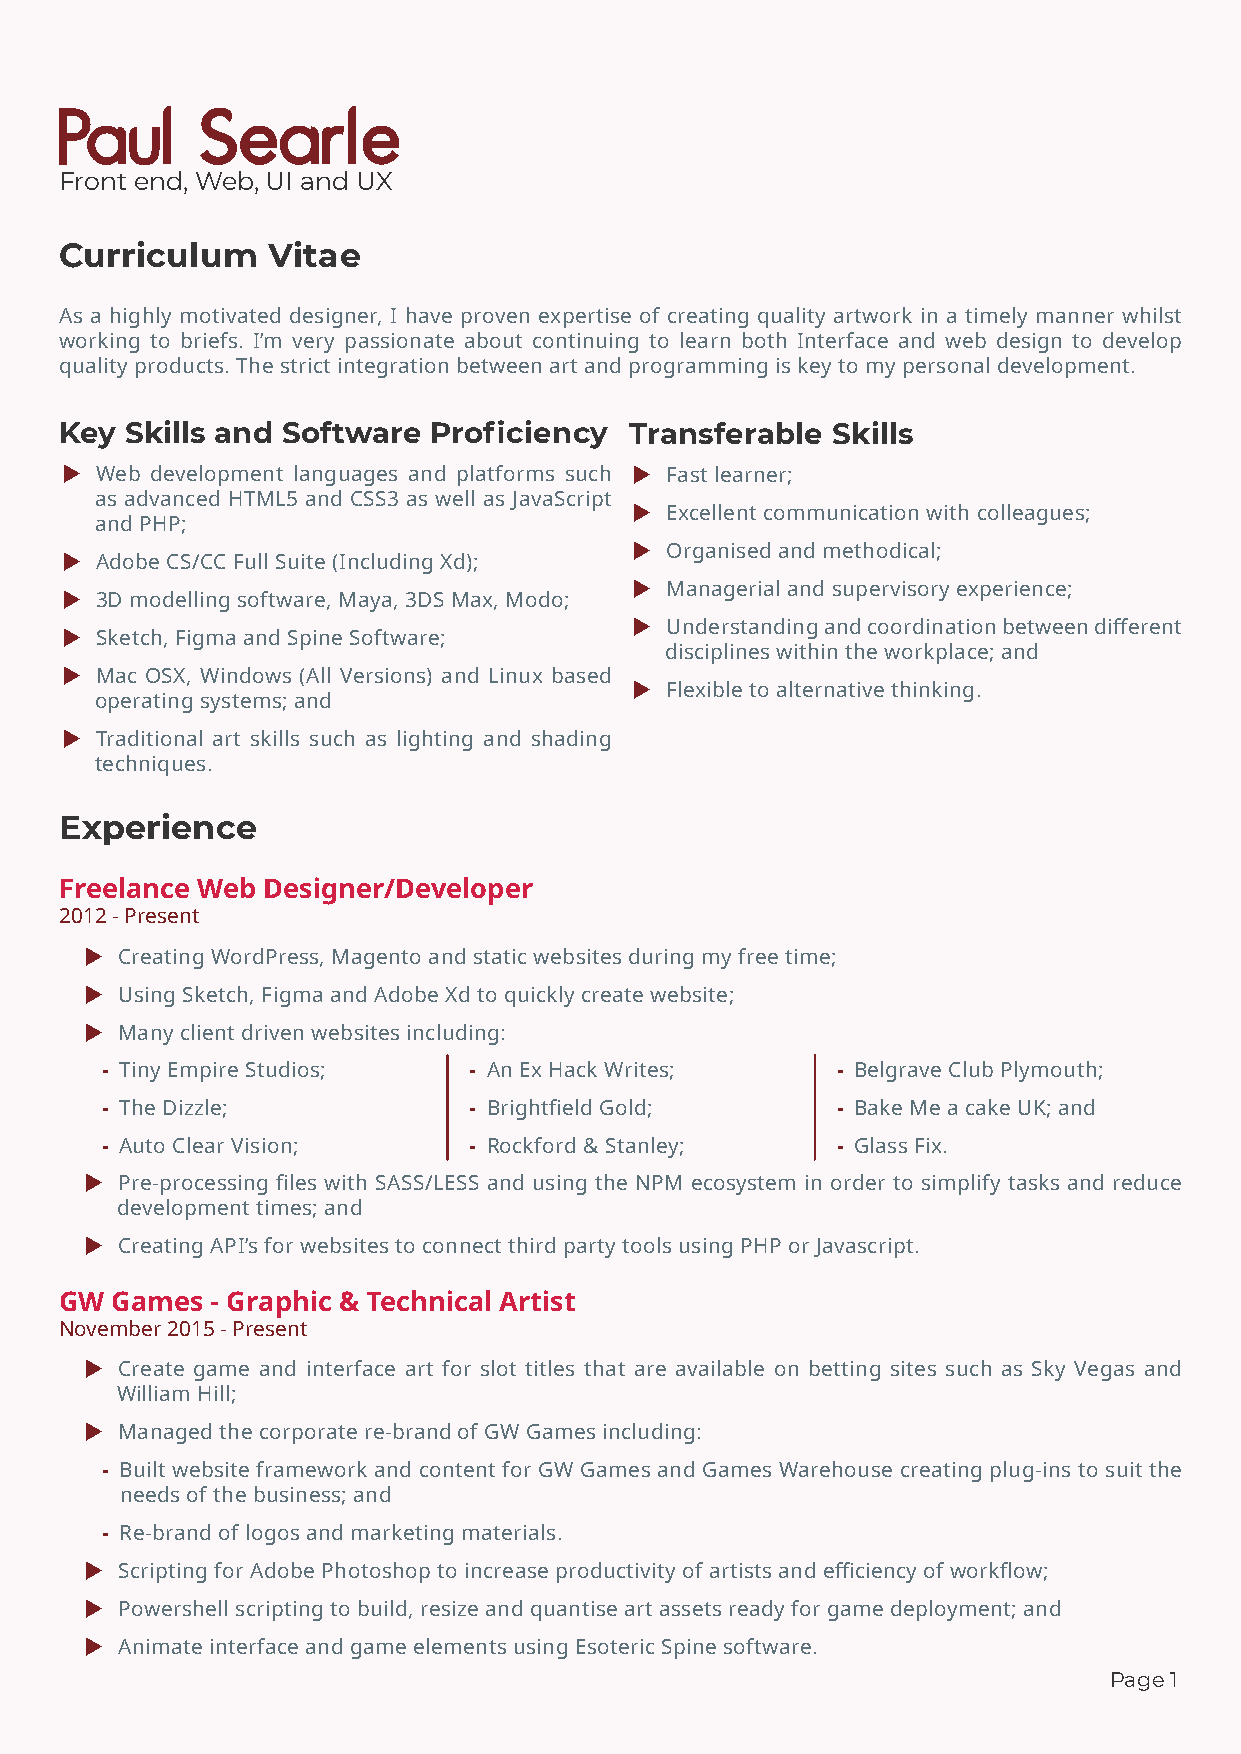
Front end, Web, UI and UX
 Curriculum    Vitae
 As a highly motivated designer, I have proven expertise of creating quality artwork in a timely manner whilst
 working to briefs. I’m very passionate about continuing to learn both Interface and web design to develop
 quality products. The strict integration between art and programming is key to my personal development.
 Key Skills and Software  Proficiency  Transferable Skills
 ▶ Web development languages and platforms such ▶ Fast learner;
 as advanced HTML5 and CSS3 as well as JavaScript
 ▶ Excellent communication with colleagues;
 and PHP;
 ▶ Organised and methodical;
 ▶ Adobe CS/CC Full Suite (Including Xd);
 ▶ Managerial and supervisory experience;
 ▶ 3D modelling software, Maya, 3DS Max, Modo;
 ▶ Understanding and coordination between different
 ▶ Sketch, Figma and Spine Software;
 disciplines within the workplace; and
 ▶ Mac OSX, Windows (All Versions) and Linux based
 ▶ Flexible to alternative thinking.
 operating systems; and
 ▶ Traditional art skills such as lighting and shading
 techniques.
 Experience
 Freelance Web Designer/Developer
 2012 - Present
 ▶  Creating WordPress, Magento and static websites during my free time;
 ▶  Using Sketch, Figma and Adobe Xd to quickly create website;
 ▶  Many client driven websites including:
 - Tiny Empire Studios;  - An Ex Hack Writes;    - Belgrave Club Plymouth;
 - The Dizzle;           - Brightfield Gold;     - Bake Me a cake UK; and
 - Auto Clear Vision;    - Rockford & Stanley;   - Glass Fix.
 ▶  Pre-processing files with SASS/LESS and using the NPM ecosystem in order to simplify tasks and reduce
 development times; and
 ▶  Creating API’s for websites to connect third party tools using PHP or Javascript.
 GW Games  - Graphic & Technical Artist
 November 2015 - Present
 ▶  Create game and interface art for slot titles that are available on betting sites such as Sky Vegas and
 William Hill;
 ▶  Managed the corporate re-brand of GW Games including:
 - Built website framework and content for GW Games and Games Warehouse creating plug-ins to suit the
 needs of the business; and
 - Re-brand of logos and marketing materials.
 ▶  Scripting for Adobe Photoshop to increase productivity of artists and efficiency of workflow;
 ▶  Powershell scripting to build, resize and quantise art assets ready for game deployment; and
 ▶  Animate interface and game elements using Esoteric Spine software.
 Page1